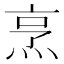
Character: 烹